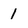
Character: 1